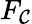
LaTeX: F_{\mathcal{C}}